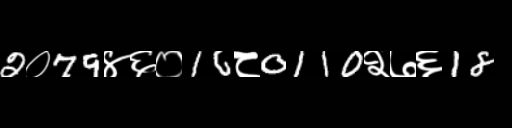
Text: 2०79४६०16८0110२७६18